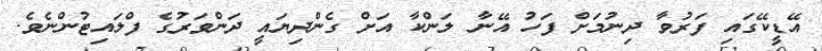
އޭޑީކޭގައި ފަރުވާ ދިނުމަށް ފަހު އޭނާ ލަންކާ އަށް ގެންދިޔައީ ދަންވަރުގެ ފްލައިޓުންނެވެ.